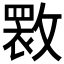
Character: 𫿏